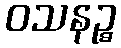
ဝသနဉ္စ